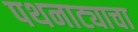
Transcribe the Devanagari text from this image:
पथनाट्याचा